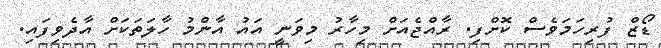
ޑޯޒް ފުރިހަމަވެސް ކޮށްފި. ރާއްޖެއަށް މިހާރު މިވަނީ އައު އާންމު ހާލަތަކަށް އާދެވިފައި.